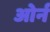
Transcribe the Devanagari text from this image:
ओर्न